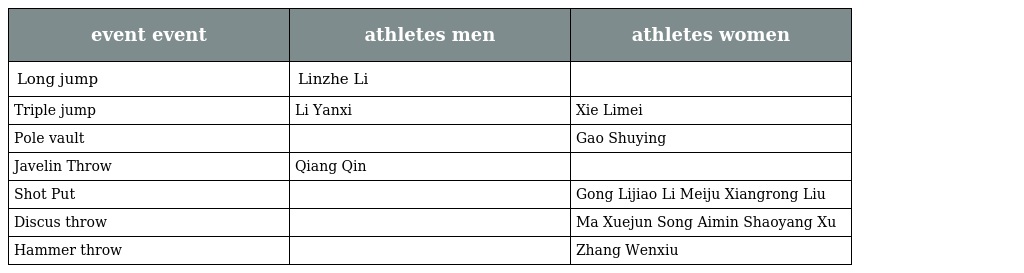
| event event | athletes men | athletes women |
 | --- | --- | --- |
 | Long jump | Linzhe Li |  |
 | Triple jump | Li Yanxi | Xie Limei |
 | Pole vault |  | Gao Shuying |
 | Javelin Throw | Qiang Qin |  |
 | Shot Put |  | Gong Lijiao Li Meiju Xiangrong Liu |
 | Discus throw |  | Ma Xuejun Song Aimin Shaoyang Xu |
 | Hammer throw |  | Zhang Wenxiu |